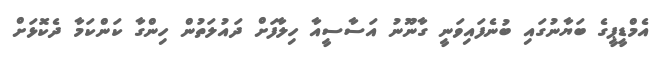
އެމްޑީޕީގެ ބަޔާނުގައި ބުނެފައިވަނީ ގާނޫނު އަސާސީއާ ހިލާފަށް ދައުލަތުން ހިންގާ ކަންކަމާ ދެކޮޅަށް